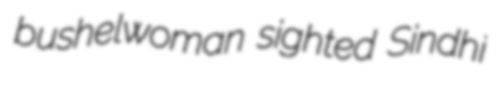
bushelwoman sighted Sindhi